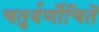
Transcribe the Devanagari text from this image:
चतुर्वर्णोचितें